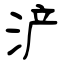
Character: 浐